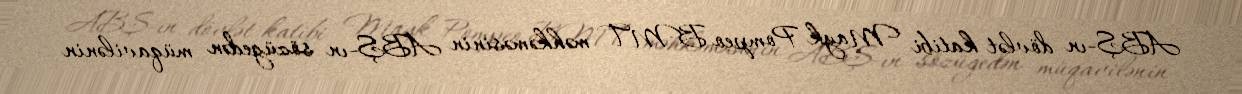
ABŞ-ın dövlət katibi Mayk Pompeo BMT məhkəməsinin ABŞ-ın sözügedən müqavilənin